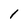
Character: 1